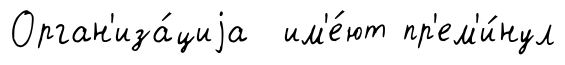
Орган'иза́циjа им'е́ют пр'ем'и́нул